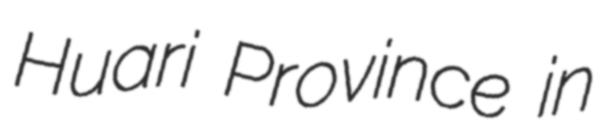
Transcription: Huari Province in